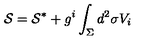
{ \cal S } = { \cal S } ^ { * } + g ^ { i } \int _ { \Sigma } d ^ { 2 } \sigma V _ { i }